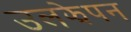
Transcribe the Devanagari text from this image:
उलझेपन